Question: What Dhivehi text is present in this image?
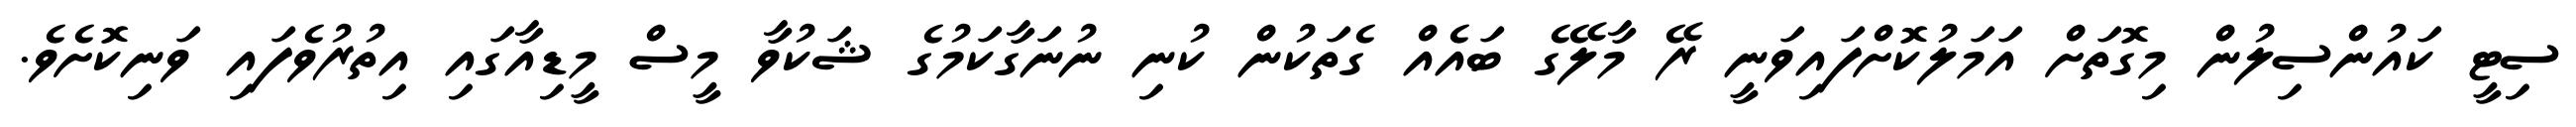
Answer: ސިޓީ ކައުންސިލުން މިގޮތަށް އަމަލުކޮށްފައިވަނީ ރޭ މާލޭގެ ބައެއް ގެތަކުން ކުނި ނުނަގާކަމުގެ ޝަކުވާ މީސް މީޑިއާގައި އިތުރުވެފައި ވަނިކޮށެވެ.